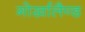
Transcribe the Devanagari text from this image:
गोर्खालैण्ड